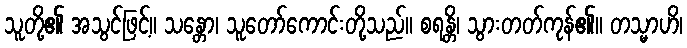
သူတို့၏ အသွင်ဖြင့်။ သန္တော၊ သူတော်ကောင်းတို့သည်။ စရန္တိ၊ သွားတတ်ကုန်၏။ တသ္မာဟိ၊